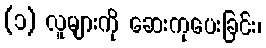
(၁) လူများကို ဆေးကုပေးခြင်း၊